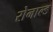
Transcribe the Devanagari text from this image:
रोनाल्‍ड